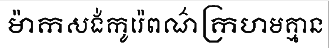
ម៉ាកសង់កូរ៉េពណ៌ក្រហមគ្មាន